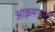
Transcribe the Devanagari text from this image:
आक्रमणाशी